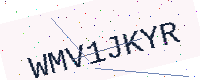
Text: WMV1JKYR